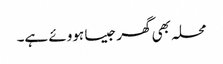
محلہ بھی گھر جیسا ہووئے ہے۔